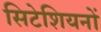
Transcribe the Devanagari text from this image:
सिटेशियनों